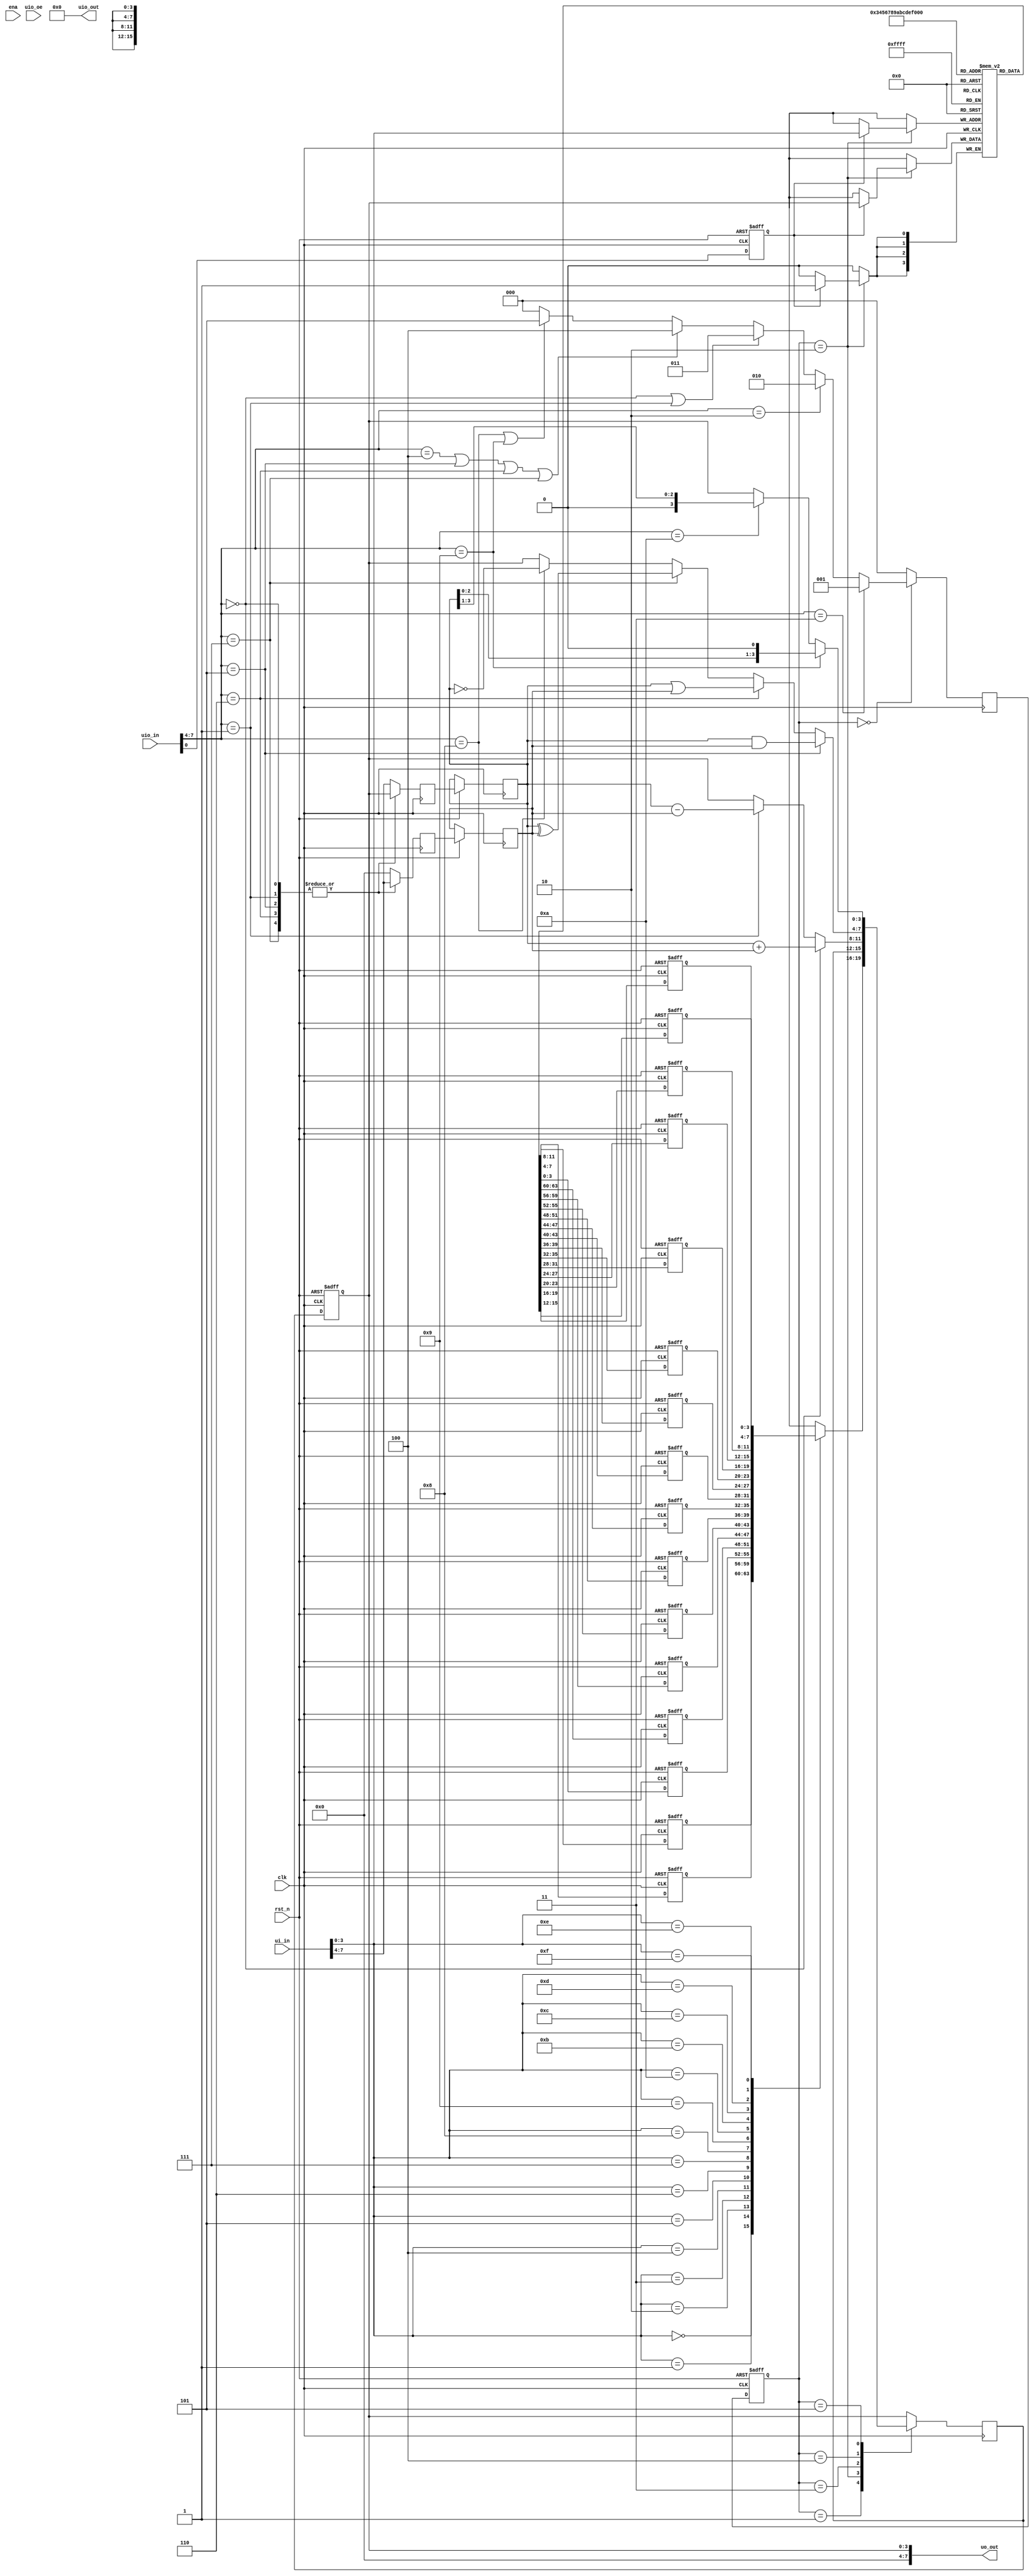
// Copyright 2024 Jacqueline Gislai
//
// Licensed under the Apache License, Version 2.0 (the "License");
// you may not use this file except in compliance with the License.
// You may obtain a copy of the License at
//
// http://www.apache.org/licenses/LICENSE2.0
//
// Unless required by applicable law or agreed to in writing, software
// distributed under the License is distributed on an "AS IS" BASIS,
// WITHOUT WARRANTIES OR CONDITIONS OF ANY KIND, either express or implied.
// See the License for the specific language governing permissions and
// limitations under the License.

`default_nettype none
`timescale 1ns/1ps


module tt_um_4bit_cpu_with_fsm (
    input  wire [7:0] ui_in,  	// input data
    input  wire [7:0] uio_in,	// I/Os inputs
    output wire [7:0] uo_out, 	// output data
    input  wire       ena,	// high when design is selected
    input  wire       clk,      // clock
    input  wire       rst_n,    // reset_n - low to reset
    input  wire [7:0] uio_oe,	// enable path 0=input
    output wire	[7:0] uio_out   // I/Os outputs - not used
);

    //signals for converting
    wire rst = ! rst_n;
    wire [3:0] out_data;
    wire [7:0] uio_out_unused;
    wire [3:0] in_data = 	ui_in[7:4];  // input data
    wire [3:0] in_addr = 	ui_in[3:0];  // storage addresses
    wire [3:0] in_opcode = 	uio_in [7:4]; // opcode for chosing operations
    wire       in_write_enable   = uio_in[0];  // high when writing for storage is active

    //registerdeclaration accumulator,memory, Flip_Flops write-enabling,FSM-state
    reg [3:0] accumulator;	//accumulator
    reg [3:0] next_accumulator;
    reg [3:0] memory [0:15];	//Storage -array of registers
    reg [3:0] next_memory [0:15];
    reg write_enable_ff;	//Flip-Flop for write-enabling
    reg [3:0] operand_a;	//operand A for ALU
    reg [3:0] next_operand_a;
    reg [3:0] operand_b;	//operand B for ALU
    reg [3:0] next_operand_b;
    integer i = 0; 		//for for-loops
    
    reg [2:0]fsm_state, next_fsm_state;
    localparam IDLE	= 3'b000;
    localparam LOAD	= 3'b001;
    localparam STORE	= 3'b010;
    localparam ADD_SUB	= 3'b011;
    localparam LOGIC	= 3'b100;
    localparam SHIFT	= 3'b101;

    
    //Regproc
    always @(posedge clk or posedge rst) begin
	    if (rst) begin
		    accumulator <= 4'b0000;
		    write_enable_ff <= 1'b0;
		    fsm_state <= IDLE;
		    for (i=0 ; i<=15 ; i = i+1)
		    begin
			    memory[i] <= 4'b0000;
		    end;
	    end else begin
		    write_enable_ff <= in_write_enable;
		    fsm_state <= next_fsm_state;
		    operand_a <= next_operand_a;
		    operand_b <= next_operand_b;
		    accumulator <= next_accumulator;
		    for (i=0; i<=15; i = i+1)
		    begin
			    memory[i] <= next_memory[i];
		    end;
	    end;
	    i = 0;
    end;


    //FSM Logik
    always @(posedge clk) begin
	    case(fsm_state)
		    IDLE:	next_fsm_state <=	(in_opcode == 4'b0011) ? LOAD	:
			    				(in_opcode == 4'b0010) ? STORE	:
							(in_opcode == 4'b0000 || in_opcode == 4'b0001) ? ADD_SUB:
							(in_opcode == 4'b0100 || in_opcode == 4'b0101 || in_opcode == 4'b0110 || in_opcode == 4'b0111) ? LOGIC:
							(in_opcode == 4'b1000 || in_opcode == 4'b1001) ? SHIFT  :
							IDLE;
						
		    LOAD: 	next_fsm_state <= IDLE;
		    STORE:	next_fsm_state <= IDLE;
		    ADD_SUB:	next_fsm_state <= IDLE;
		    LOGIC:	next_fsm_state <= IDLE;
		    SHIFT:	next_fsm_state <= IDLE;
		    default:	next_fsm_state <= IDLE;
	    endcase;
    end;


    //chose operand with MUX
    always @(posedge clk) begin
	    case(in_opcode)
		    4'b0000, 4'b0001, 4'b0101, 4'b0110, 4'b0111: 
		    begin
			    next_operand_a <= accumulator;
		    	    next_operand_b <= in_data;
		    end
		    default: 
		    begin
			    next_operand_a <= in_data;
		    	    next_operand_b <= 4'b0000;
		    end
	    endcase;
    end;


    //Accumulator-Logic Operations depending on FSM-state
    always @(posedge clk) begin
	    case(fsm_state)
		    IDLE: next_accumulator <= accumulator;
		    LOAD: next_accumulator <= memory[in_addr];
		    STORE: if (write_enable_ff) next_memory[in_addr] <= accumulator; //store if writing is enabled
		    ADD_SUB: next_accumulator <= (in_opcode == 4'b0000) ? operand_a + operand_b: //ADD
			    		    (in_opcode == 4'b0001) ? operand_a - operand_b: //SUB
					    accumulator;
		    LOGIC: next_accumulator <=	(in_opcode == 4'b0101) ? operand_a & operand_b: //AND
						(in_opcode == 4'b0110) ? operand_a | operand_b: //OR
						(in_opcode == 4'b0111) ? operand_a ^ operand_b: //XOR
						(in_opcode == 4'b1000) ? ~operand_a: //NOT
						accumulator;
		    SHIFT: next_accumulator <= 	(in_opcode == 4'b1001) ? operand_a << 1: //SHIFT LEFT
						(in_opcode == 4'b1010) ? operand_a >> 1: //SHIFT LEFT
						accumulator;
		    default: next_accumulator <= accumulator;
	    endcase;
    end;


    assign out_data = accumulator;
    assign uo_out = {4'b0000, out_data};
    assign uio_out = 8'b00000000;

endmodule